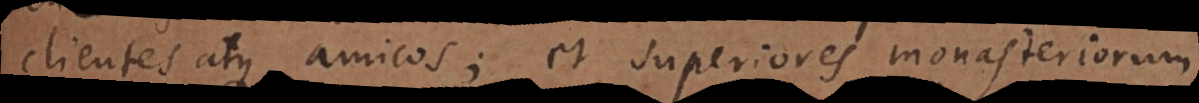
clientes atque amicos; et superiores monasteriorum